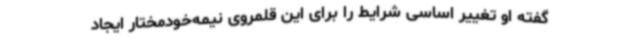
گفته او تغییر اساسی شرایط را برای این قلمروی نیمه‌خودمختار ایجاد